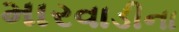
મારવાડીના